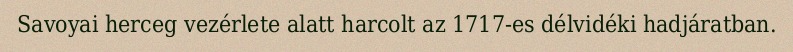
Savoyai herceg vezérlete alatt harcolt az 1717-es délvidéki hadjáratban.